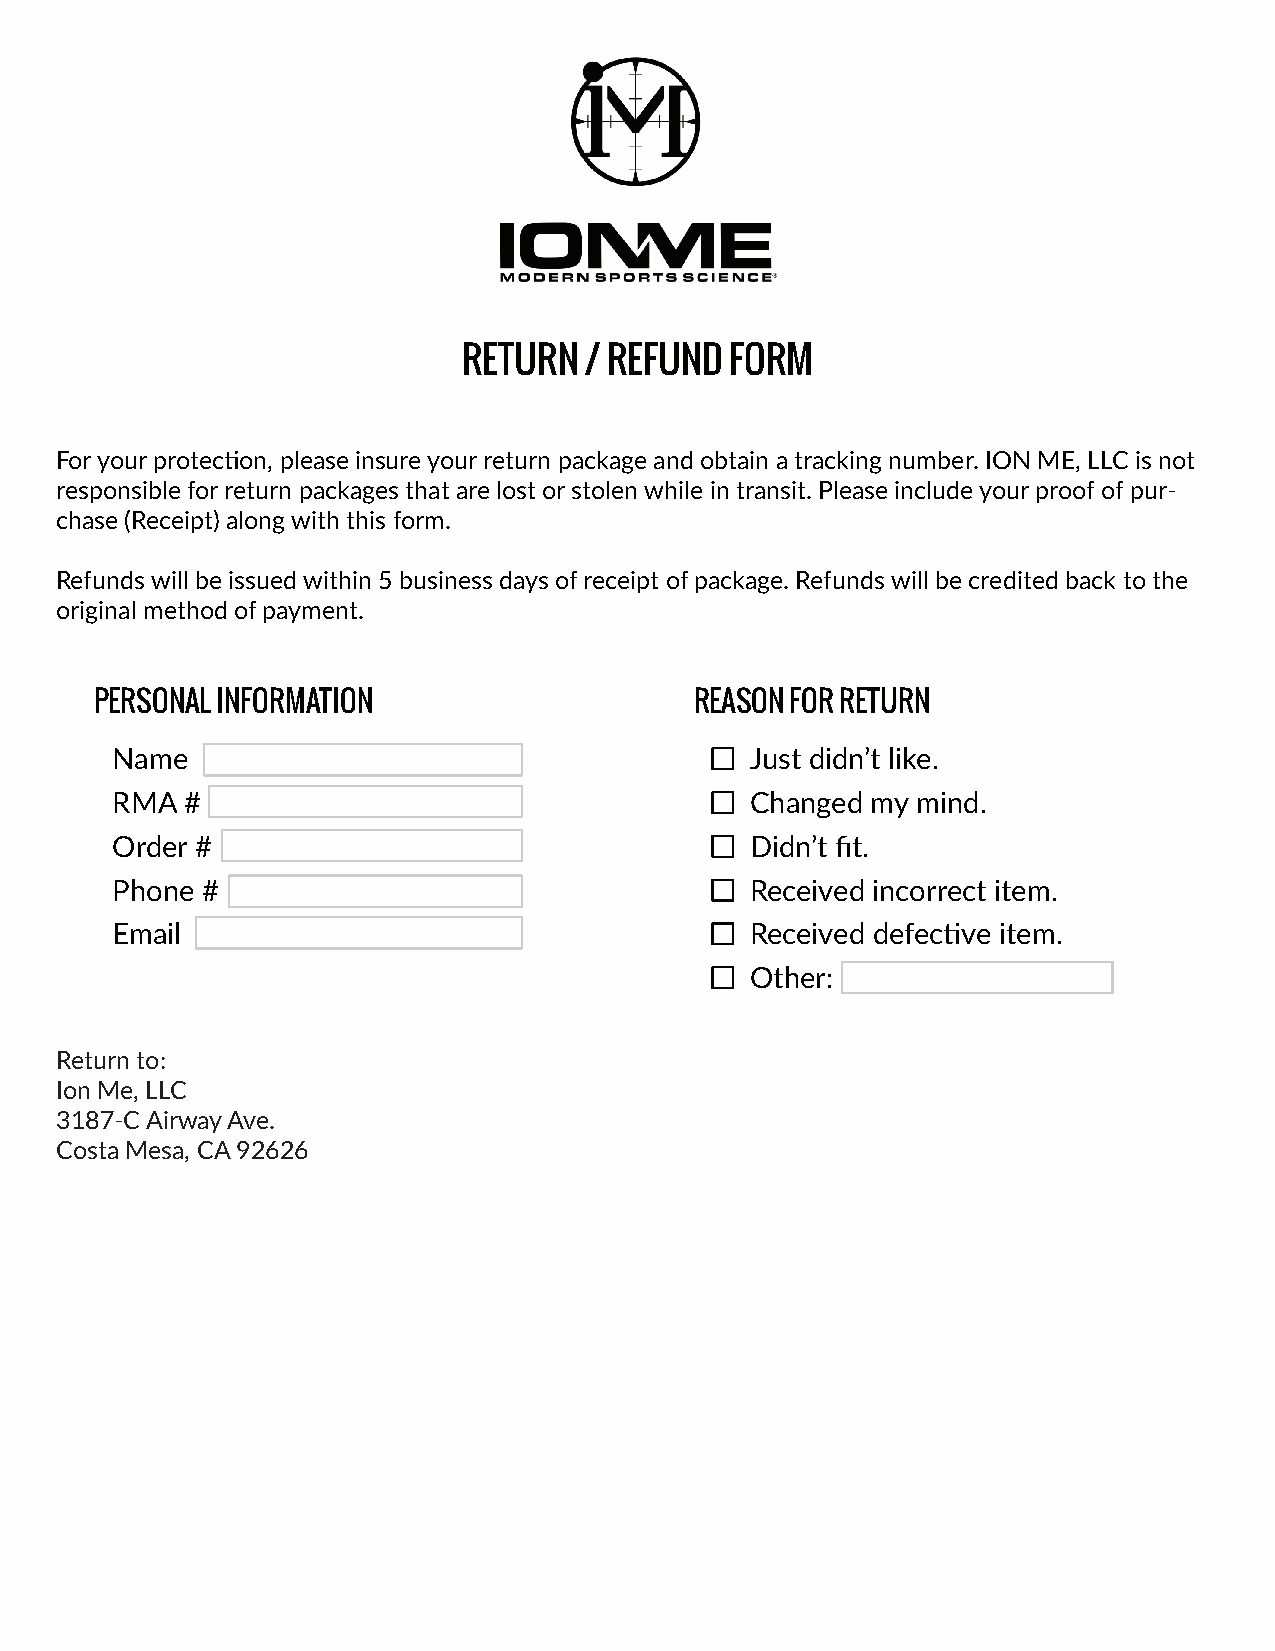
RETURN  / REFUND FORM
 For your protection, please insure your return package and obtain a tracking number. ION ME, LLC is not
 responsible for return packages that are lost or stolen while in transit. Please include your proof of pur-
 chase (Receipt) along with this form.
 Refunds will be issued within 5 business days of receipt of package. Refunds will be credited back to the
 original method of payment.
 PERSONAL INFORMATION                    REASON FOR RETURN
 Name                                       Just didn’t like.
 RMA  #                                     Changed my mind.
 Order #                                    Didn’t fit.
 Phone #                                    Received incorrect item.
 Email                                      Received defective item.
 Other:
 Return to:
 Ion Me, LLC
 3187-C Airway Ave.
 Costa Mesa, CA 92626